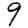
Digit: 9